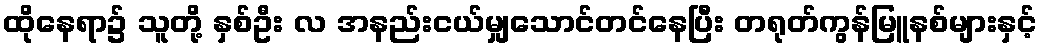
ထိုနေရာ၌ သူတို့ နှစ်ဦး လ အနည်းငယ်မျှသောင်တင်နေပြီး တရုတ်ကွန်မြူနစ်များနှင့်